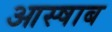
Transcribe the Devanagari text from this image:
आस्षाब